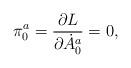
LaTeX: \begin{align*}\pi^{a}_0 = {\partial L \over \partial \dot A^a_0}= 0,\end{align*}